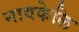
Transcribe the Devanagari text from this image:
नावकेलि